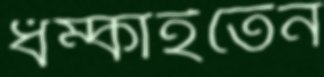
ধম্‌কাইতেন